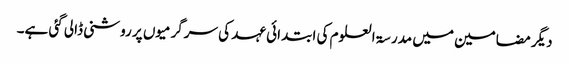
دیگر مضامین میں مدرسۃ العلوم کی ابتدائی عہد کی سرگرمیوں پر روشنی ڈالی گئی ہے۔